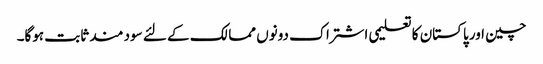
چین اور پاکستان کا تعلیمی اشتراک دونوں ممالک کے لئے سود مند ثابت ہوگا۔